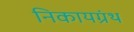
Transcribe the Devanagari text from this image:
निकायग्रंथ